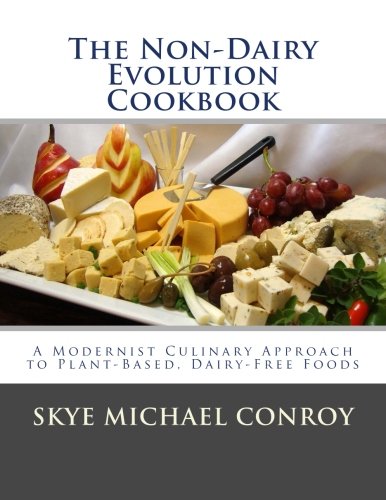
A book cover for The Non-Dairy Evolution Cookbook: A Modernist Culinary Approach to Plant-Based, Dairy Free Foods; Skye Michael Conroy; Cookbooks, Food & Wine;